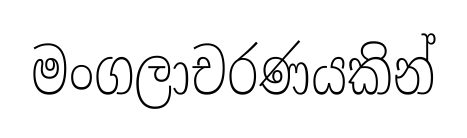
මංගලාචරණයකින්